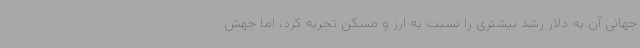
جهانی آن به دلار رشد بیشتری را نسبت به ارز و مسکن تجربه کرد، اما جهش